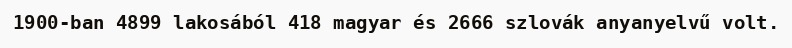
1900-ban 4899 lakosából 418 magyar és 2666 szlovák anyanyelvű volt.